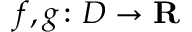
f , g \colon D \rightarrow \mathbf { R }